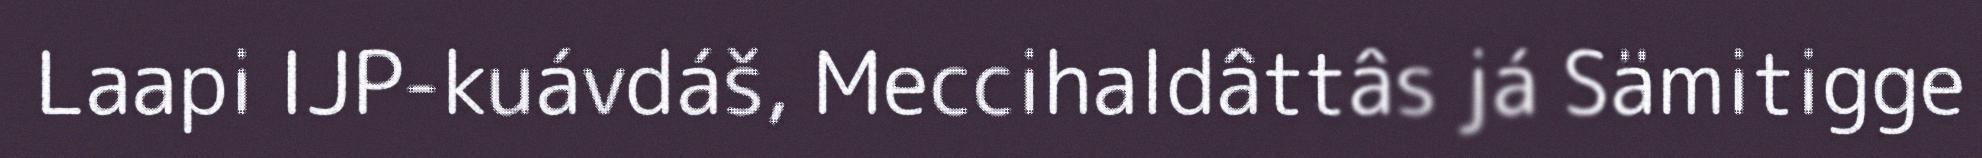
Laapi IJP-kuávdáš, Meccihaldâttâs já Sämitigge